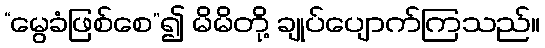
“မွေခံဖြစ်စေ”၍ မိမိတို့ ချုပ်ပျောက်ကြသည်။